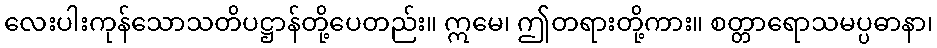
လေးပါးကုန်သောသတိပဋ္ဌာန်တို့ပေတည်း။ ဣမေ၊ ဤတရားတို့ကား။ စတ္တာရောသမပ္ပဓာနာ၊